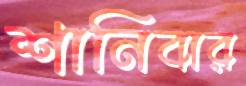
শানিবার